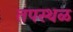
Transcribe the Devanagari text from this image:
तपस्थळ